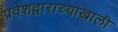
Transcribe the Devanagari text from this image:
प्रवेशद्वाराच्याखाली